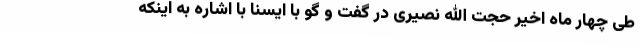
طی چهار ماه اخیر حجت الله نصیری در گفت و گو با ایسنا با اشاره به اینکه